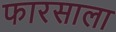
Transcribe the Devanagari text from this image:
फारसाला